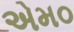
એમ૦